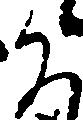
凡